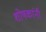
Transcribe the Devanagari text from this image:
शोषकांनी